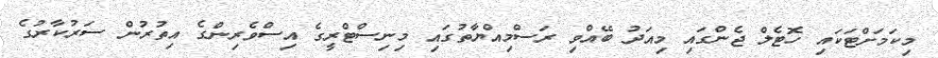
މިކަމަށްޓަކައި ހޮޓެލް ޖެންގައި މިއަދު ބޭއްވި ރަސްމިއްޔާތުގައި މިނިސްޓްރީގެ އިސްވެރިންގެ އިތުރުން ސަރުކާރުގެ